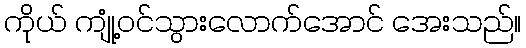
ကိုယ် ကျုံ့ဝင်သွားလောက်အောင် အေးသည်။